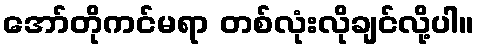
အော်တိုကင်မရာ တစ်လုံးလိုချင်လို့ပါ။